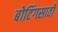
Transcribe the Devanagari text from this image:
बोटिंगसाठी